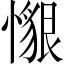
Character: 𢢽